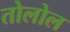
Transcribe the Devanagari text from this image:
तोलोल